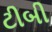
ટીબી